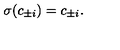
\sigma ( c _ { \pm i } ) = c _ { \pm i } .